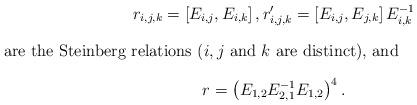
LaTeX: \begin{gather*}r_{i,j,k}=\left[E_{i,j},E_{i,k}\right], r_{i,j,k}'=\left[E_{i,j},E_{j,k}\right]E_{i,k}^{-1}\intertext{are the Steinberg relations ($i,j$ and $k$ are distinct), and}r = \left(E_{1,2}E_{2,1}^{-1}E_{1,2}\right)^4.\end{gather*}